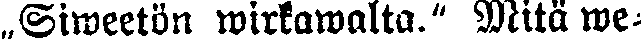
„Siweetön wirkawalta." Mitä we-